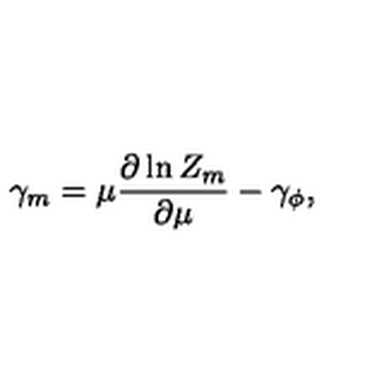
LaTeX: \gamma _ { m } = \mu \frac { \partial \ln Z _ { m } } { \partial \mu } - \gamma _ { \phi } ,